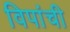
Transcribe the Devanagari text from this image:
विपांची